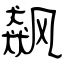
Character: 飙